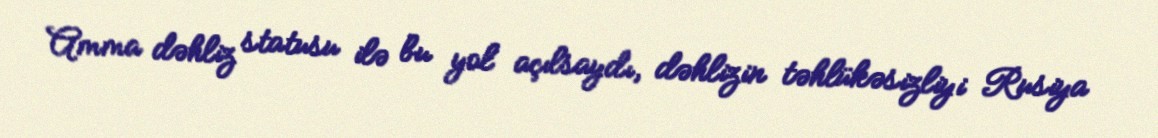
Amma dəhliz statusu ilə bu yol açılsaydı, dəhlizin təhlükəsizliyi Rusiya